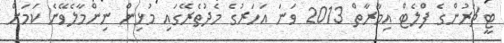
ޓީޗަރުންގެ ފްލެޓް އިމާރާތް 2013 ވަނަ އަހަރުގެ މެދުތެރޭގައި މުޅިން ނިންމާލެވޭނެ ކަމަށް